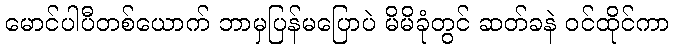
မောင်ပါပီတစ်ယောက် ဘာမှပြန်မပြောပဲ မိမိခုံတွင် ဆတ်ခနဲ ဝင်ထိုင်ကာ